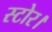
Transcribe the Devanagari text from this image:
स्टोर।